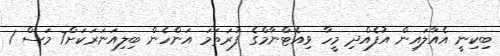
ބިކިނީ އެއާލައިން އުފެއްދި މީހާ ވިއެޓްނާމްގެ ފުރަތަމަ އަންހެން ބިލިއަނަރަކަށް7 މަސް 1